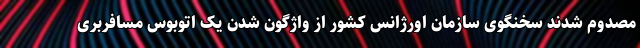
مصدوم شدند سخنگوی سازمان اورژانس کشور از واژگون شدن یک اتوبوس مسافربری